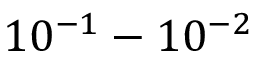
1 0 ^ { - 1 } - 1 0 ^ { - 2 }